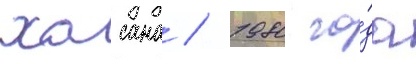
хасана / 1980 го́да